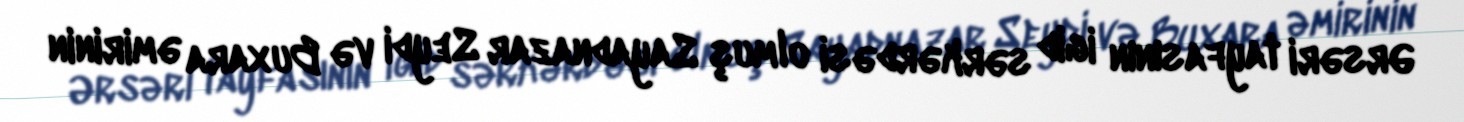
Ərsəri tayfasının igid sərkərdəsi olmuş Sayadnazar Seydi və Buxara əmirinin